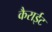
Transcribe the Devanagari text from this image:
कैराईट